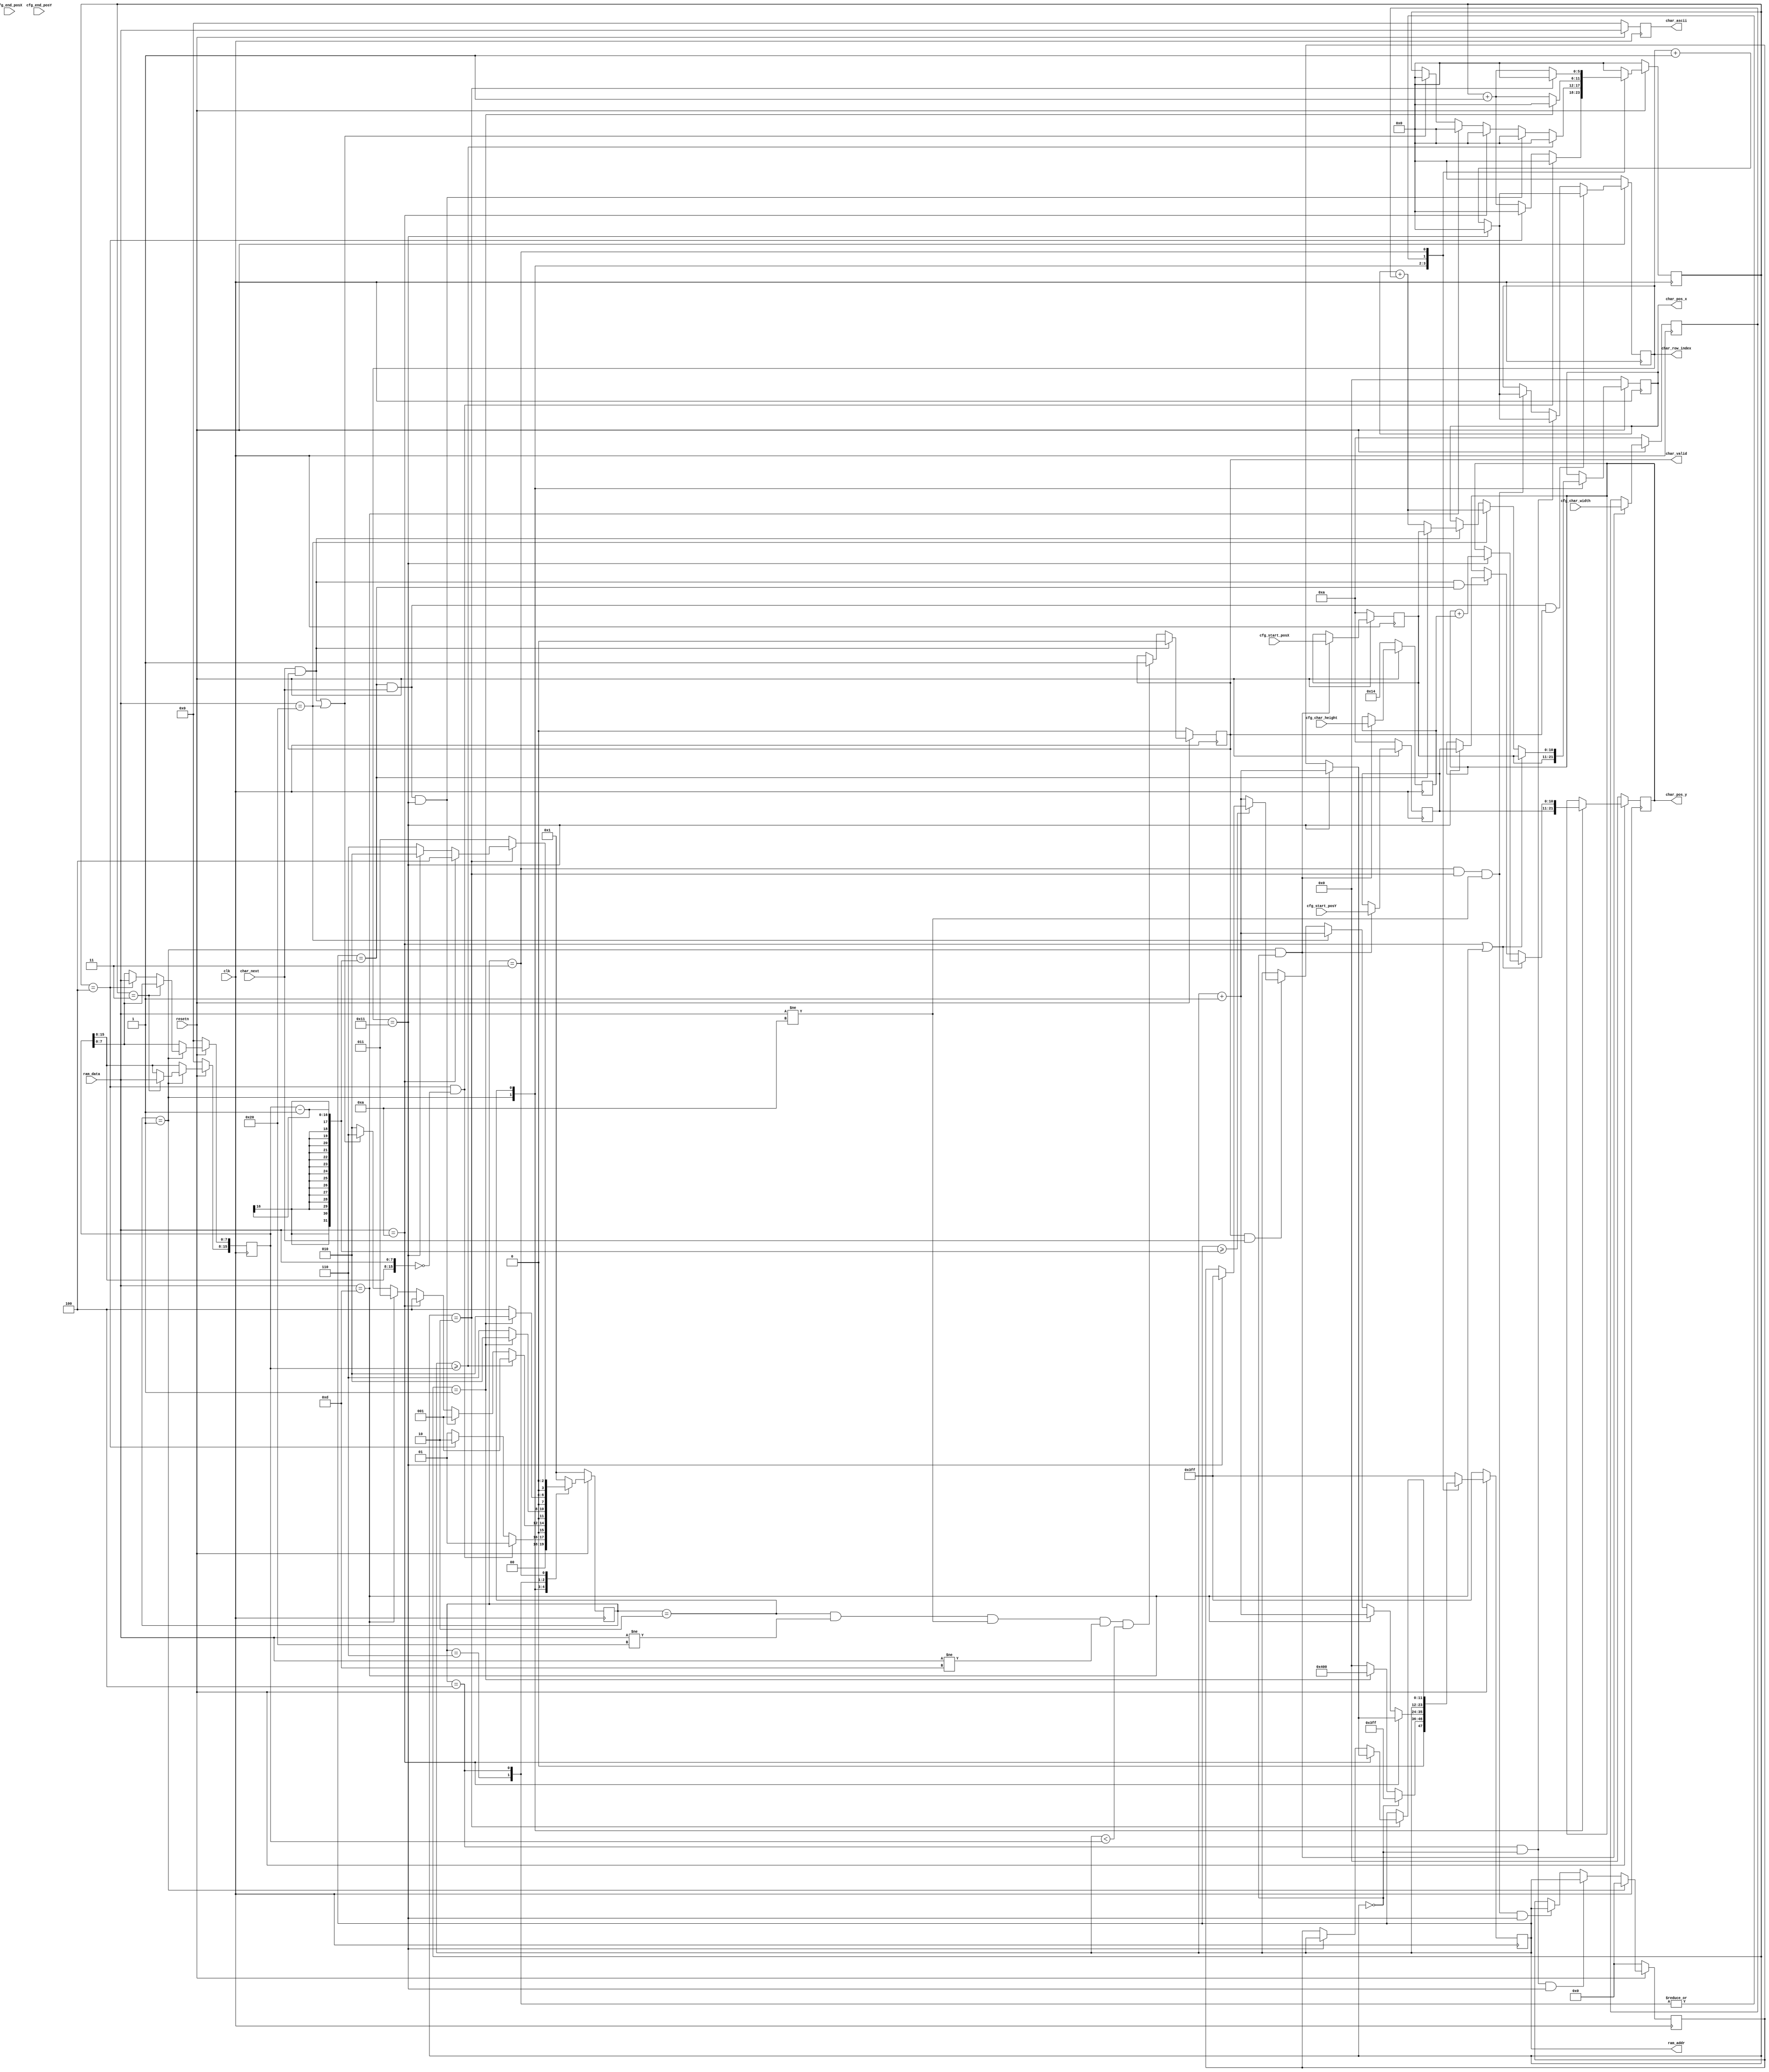
// 
// char_ascii     ASCII
// char_row_index 
// romchar_ascii-33*18+char_row_index 
// char_ascii
// char_row_index
// 3

module char_buf_reader #(
    parameter STRLENDATA_SAVED_ADDR = 1023,  //?? ?? RAM 
    parameter CHAR_BUFFER_ADDR_WIDTH = 12,
    parameter CHAR_PIC_HEIGHT = 18,
    parameter SCREEN_WIDTH = 1920,  //??
    parameter SCREEN_HEIGHT = 1080  //??
) (
    input clk,
    input resetn,

    input [10:0] cfg_start_posX,
    input [10:0] cfg_start_posY,
    input [10:0] cfg_end_posX,
    input [10:0] cfg_end_posY,
    input [10:0] cfg_char_width,
    input [10:0] cfg_char_height,



    //ram
    output reg [CHAR_BUFFER_ADDR_WIDTH-1:0] ram_addr,
    input      [                       7:0] ram_data,

    //rom
    output reg [7:0] char_ascii,
    output     [5:0] char_row_index,

    //()
    output reg [10:0] char_pos_x,
    output reg [10:0] char_pos_y,

    output reg char_valid,  //char_nextvalid
    input char_next  //


);

  localparam reg [7:0] ASCII_LF = 8'h0A;
  localparam reg [7:0] ASCII_CR = 8'h0D;
  localparam reg [7:0] ASCII_SPACE = 8'h20;

  localparam S_READ_STRLEN = 1;
  localparam S_SHOW_CHAR = 2;
  localparam S_CR = 3;
  localparam S_LF = 4;
  localparam S_OVER = 5;
  localparam S_WAIT_CHAR = 6;


  reg [                      10:0] start_posX;
  reg [                      10:0] start_posY;
  reg [                      10:0] end_posX;
  reg [                      10:0] end_posY;
  reg [                      10:0] char_width;
  reg [                      10:0] char_height;


  reg [                      15:0] str_len;
  reg [CHAR_BUFFER_ADDR_WIDTH-1:0] start_char_ptr;  //??

  reg [                       5:0] row_cnt;

  reg [                       7:0] char;

  reg [                       3:0] state;
  reg [                       5:0] cnt;


  assign char_row_index = row_cnt;


  //---   ---//
  always @(posedge clk) begin
    if (~resetn) begin
      start_posX <= 10;
      start_posY <= 10;
      end_posX <= SCREEN_WIDTH - 10;
      end_posY <= SCREEN_HEIGHT - 10;
      char_width <= 10;
      char_height <= 20;
    end else if (state == S_READ_STRLEN && cnt == 0) begin
      start_posX <= cfg_start_posX;
      start_posY <= cfg_start_posY;
      end_posX <= cfg_end_posX;
      end_posY <= cfg_end_posY;
      char_width <= cfg_char_width;
      char_height <= cfg_char_height;
    end else begin
      start_posX <= start_posX;
      start_posY <= start_posY;
      end_posX <= end_posX;
      end_posY <= end_posY;
      char_width <= char_width;
      char_height <= char_height;
    end
  end

  //---------------------------------------------------------------
  // 
  //---------------------------------------------------------------
  always @(posedge clk) begin
    if (~resetn) begin
      state <= S_READ_STRLEN;
      cnt   <= 0;
    end else begin
      case (state)
        S_READ_STRLEN: begin
          if (cnt == 4 && {str_len[15:8], ram_data} == 0) begin
            cnt   <= 0;
            state <= S_READ_STRLEN;
          end else if (cnt == 4) begin
            state <= S_SHOW_CHAR;
            cnt   <= 0;
          end else begin
            state <= S_READ_STRLEN;
            cnt   <= cnt + 1;
          end
        end
        S_SHOW_CHAR: begin
          if (ram_addr >= str_len) begin
            state <= S_READ_STRLEN;
            cnt   <= 0;
          end else
              if (char_next && (ram_addr == str_len - 1) && (row_cnt == CHAR_PIC_HEIGHT - 1)) begin
            //????
            state <= S_READ_STRLEN;
            cnt   <= 0;
          end else if (ram_data == ASCII_LF) begin
            // \n
            state <= S_LF;
            cnt   <= 0;
          end else if (ram_data == ASCII_CR) begin
            // \n
            state <= S_CR;
            cnt   <= 0;
          end else if ((char_next && char_valid) || (ram_data == ASCII_SPACE)) begin
            //   
            state <= S_WAIT_CHAR;
            cnt   <= 0;
          end else begin
            state <= S_SHOW_CHAR;
          end
        end
        S_WAIT_CHAR: begin
          cnt <= cnt + 1;
          if (cnt == 1) begin
            cnt   <= 0;
            state <= S_SHOW_CHAR;
          end else begin
            state <= S_WAIT_CHAR;
          end
        end

        S_LF: begin
          cnt <= cnt + 1;
          if (cnt == 1) begin
            cnt   <= 0;
            state <= S_SHOW_CHAR;
          end else begin
            state <= S_LF;
          end
        end


        S_CR: begin
          if (cnt == 2) begin
            if (ram_data == ASCII_LF) begin
              state <= S_LF;
            end else begin
              if (row_cnt == CHAR_PIC_HEIGHT - 1) begin
                state <= S_SHOW_CHAR;
              end else begin
                state <= S_WAIT_CHAR;
              end
            end
            cnt <= 0;
          end else begin
            state <= S_CR;
            cnt   <= cnt + 1;
          end
        end

        default: begin
          state <= S_READ_STRLEN;
          cnt   <= 0;
        end
      endcase
    end
  end





  //---------------------------------------------------------------
  // RAM
  //---------------------------------------------------------------
  always @(posedge clk) begin
    if (~resetn) begin
      ram_addr <= STRLENDATA_SAVED_ADDR;

    end else
      case (state)
        S_READ_STRLEN: begin
          //ram 16bit
          if (cnt == 0) begin
            ram_addr <= STRLENDATA_SAVED_ADDR;
          end else if (cnt == 1) begin
            ram_addr <= STRLENDATA_SAVED_ADDR + 1;
          end else if (cnt == 2) begin
            ram_addr <= 0;
          end else if (cnt == 4 && ({str_len[15:8], ram_data} != 0)) begin
            ram_addr <= 0;
          end else begin
            ram_addr <= 0;
          end
        end

        S_SHOW_CHAR: begin
          if (ram_data == ASCII_LF) begin
            // '\n'
            if (row_cnt == CHAR_PIC_HEIGHT - 1) begin
              ram_addr <= ram_addr + 1;
            end else begin
              ram_addr <= start_char_ptr;
            end
          end else if (ram_data == ASCII_CR) begin
            //   '\r'
            ram_addr <= ram_addr + 1;
          end else if (ram_data == ASCII_SPACE) begin
            // 
            ram_addr <= ram_addr + 1;
          end else if (char_valid & char_next) begin
            //
            if (ram_addr >= str_len - 1) begin
              //
              if (row_cnt == CHAR_PIC_HEIGHT - 1) begin
                // 
                ram_addr <= STRLENDATA_SAVED_ADDR;
              end else begin
                //
                ram_addr <= start_char_ptr;
              end
            end else begin
              ram_addr <= ram_addr + 1;
            end
          end else begin
            ram_addr <= ram_addr;
          end
        end

        S_WAIT_CHAR: begin
          ram_addr <= ram_addr;
        end

        S_LF: begin
          ram_addr <= ram_addr;
        end

        S_CR: begin
          if (cnt == 2) begin
            if (ram_data == ASCII_LF) begin
              if (row_cnt == CHAR_PIC_HEIGHT - 1) begin
                ram_addr <= ram_addr + 1;
              end else begin
                ram_addr <= start_char_ptr;
              end
            end else begin
              if (row_cnt == CHAR_PIC_HEIGHT - 1) begin
                ram_addr <= ram_addr;
              end else begin
                ram_addr <= start_char_ptr;
              end
            end
          end else begin
            ram_addr <= ram_addr;
          end
        end

        default: ram_addr <= STRLENDATA_SAVED_ADDR;
      endcase
  end


  always @(posedge clk) begin
    if (~resetn) begin
      str_len <= 0;
    end else if (state == S_READ_STRLEN) begin
      if (cnt == 3) begin
        str_len[15:8] <= ram_data;
      end else if (cnt == 4) begin
        str_len[7:0] <= ram_data;
      end else begin
        str_len <= str_len;
      end
    end else begin
      str_len <= str_len;
    end
  end

  always @(posedge clk) begin
    if (~resetn) begin
      start_char_ptr <= 0;
    end else if (state == S_READ_STRLEN) begin
      start_char_ptr <= 0;
    end else if (state == S_LF && cnt == 0 && row_cnt == CHAR_PIC_HEIGHT - 1) begin
      start_char_ptr <= ram_addr;
    end else if (state == S_CR && cnt == 2 && ram_data != ASCII_LF &&
                 row_cnt == CHAR_PIC_HEIGHT - 1) begin
      start_char_ptr <= ram_addr;
    end else begin
      start_char_ptr <= start_char_ptr;
    end
  end



  always @(posedge clk) begin
    if (~resetn) begin
      row_cnt <= 0;
    end else if (ram_addr == str_len - 1 && char_next && char_valid) begin
      if (row_cnt == CHAR_PIC_HEIGHT - 1) begin
        row_cnt <= 0;
      end else begin
        row_cnt <= row_cnt + 1;
      end
    end else if (state == S_LF && cnt == 0) begin
      if (row_cnt == CHAR_PIC_HEIGHT - 1) begin
        row_cnt <= 0;
      end else begin
        row_cnt <= row_cnt + 1;
      end
    end else if (state == S_CR && cnt == 2 && ram_data != ASCII_LF) begin
      if (row_cnt == CHAR_PIC_HEIGHT - 1) begin
        row_cnt <= 0;
      end else begin
        row_cnt <= row_cnt + 1;
      end
    end else begin
      row_cnt <= row_cnt;
    end
  end


  always @(posedge clk) begin
    if (~resetn) begin
      char_ascii <= 0;
    end else begin
      char_ascii <= ram_data;
    end
  end

  //! char_valid  
  always @(posedge clk) begin
    if (~resetn) begin
      char_valid <= 0;
    end else if (char_valid && char_next) begin
      char_valid <= 0;
    end else if (state == S_SHOW_CHAR && (ram_data != ASCII_SPACE) && (ram_data != ASCII_LF) &&
                 (ram_data != ASCII_CR) && (ram_addr < str_len)) begin
      char_valid <= 1;
    end else begin
      char_valid <= char_valid;
    end
  end


  always @(posedge clk) begin
    if (~resetn) begin
      char_pos_x <= 0;
    end else begin
      case (state)
        S_READ_STRLEN: begin
          char_pos_x <= start_posX;
        end
        S_SHOW_CHAR: begin

          if (ram_data == ASCII_LF || ram_data == ASCII_CR) begin
            //'\n''\r'
            char_pos_x <= start_posX;
          end else if (ram_data == ASCII_SPACE) begin
            // 
            char_pos_x <= char_pos_x + char_width;
          end else if (char_next && char_valid) begin
            if (ram_addr == str_len - 1) begin
              //
              char_pos_x <= start_posX;
            end else begin
              char_pos_x <= char_pos_x + char_width;
            end
          end else begin
            char_pos_x <= char_pos_x;
          end
        end

        default: char_pos_x <= char_pos_x;

      endcase
    end
  end

  always @(posedge clk) begin
    if (~resetn) begin
      char_pos_y <= 0;
    end else begin
      case (state)
        S_READ_STRLEN: char_pos_y <= start_posY;
        S_SHOW_CHAR: begin
          if (ram_data == ASCII_LF || ram_data == ASCII_CR) begin
            //'\n''\r'
            if (row_cnt == CHAR_PIC_HEIGHT - 1) begin
              char_pos_y <= char_pos_y + char_height;
            end else begin
              char_pos_y <= char_pos_y;
            end
          end else if (char_valid && char_next && ram_addr == str_len - 1) begin
            //
            if (row_cnt == CHAR_PIC_HEIGHT - 1) begin
              char_pos_y <= start_posY;
            end else begin
              char_pos_y <= char_pos_y;
            end
          end else begin
            char_pos_y <= char_pos_y;
          end
        end

        default: char_pos_y <= char_pos_y;
      endcase
    end
  end


endmodule